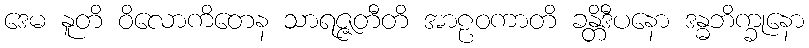
ဒေမ နူတိ ဝိလောကိတေန သာရဇ္ဇတီတိ အာဠဝကာတိ ခန္တိဒီပနော ဒန္ဓဘိက္ခုနော